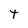
Character: t